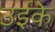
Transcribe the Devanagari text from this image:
उईके